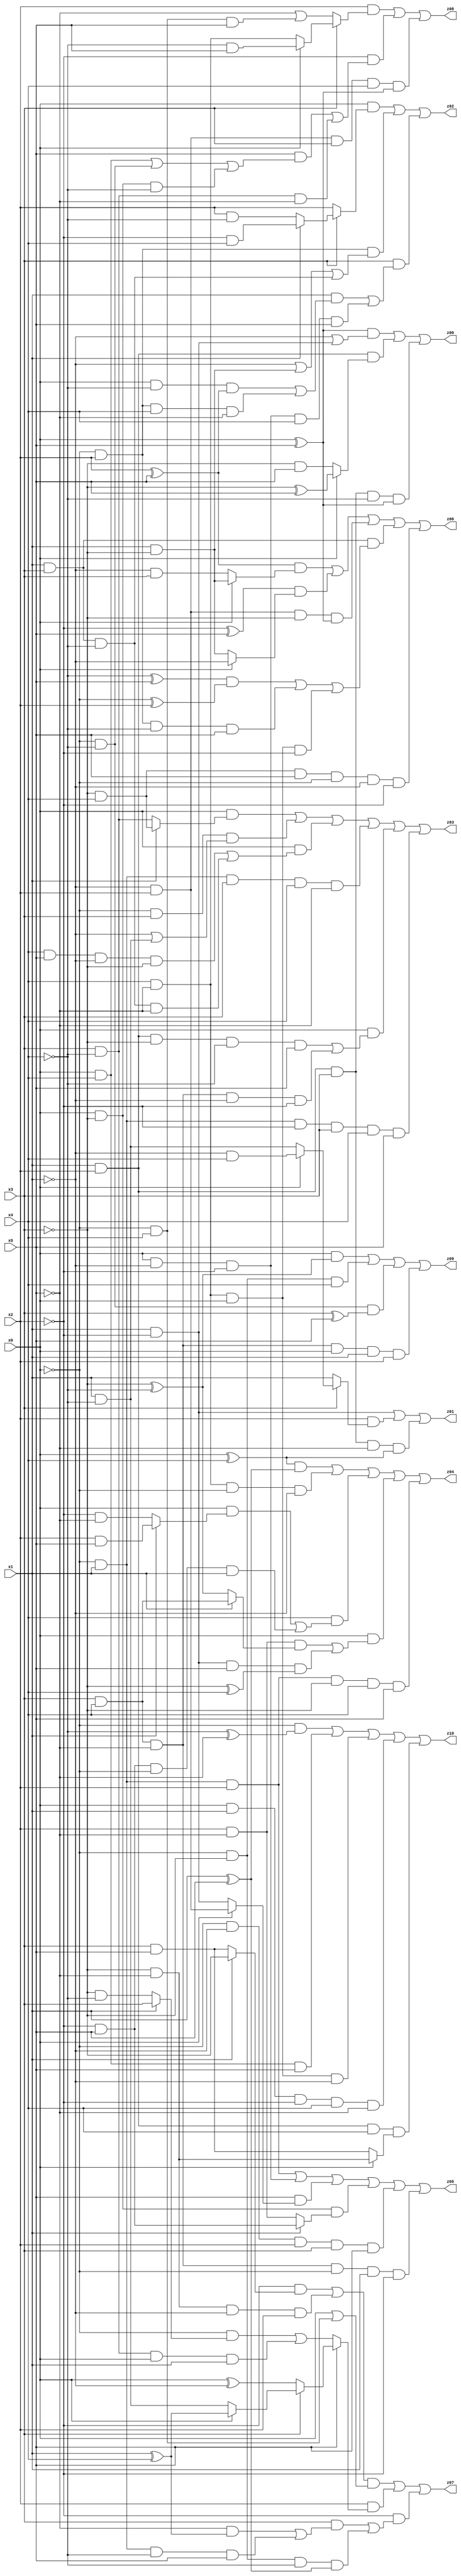
// Benchmark "X_28" written by ABC on Sat Jun 03 19:21:13 2023

module X_28 ( 
    x0, x1, x2, x3, x4, x5,
    z00, z01, z02, z03, z04, z05, z06, z07, z08, z09, z10  );
  input  x0, x1, x2, x3, x4, x5;
  output z00, z01, z02, z03, z04, z05, z06, z07, z08, z09, z10;
  assign z00 = ((x0 ^ x5) & (~x1 | (x1 & ~x2))) | (x1 & x2 & (x0 ? (~x3 ^ x5) : (~x3 & x5))) | (x1 & x2 & x3 & ~x4 & (x0 ^ x5));
  assign z01 = (x1 & ~x2) | (x2 & (x3 ? (x0 ? (~x1 & x4) : (x1 & ~x4)) : x1)) | (x1 & x2 & x3 & ~x5 & (x0 ^ x4));
  assign z02 = (x0 & (x3 ? (x1 ? (~x2 & x4) : (x2 & ~x4)) : x2)) | (~x0 & x2 & (~x1 | (x1 & ~x3) | (x1 & x3 & ~x4))) | (x3 & ((x1 & ((x0 & ~x4 & (x2 ^ x5)) | (~x0 & x2 & x4 & ~x5))) | (x0 & ~x1 & ~x2 & x4 & x5)));
  assign z03 = (x0 & (x1 ? (~x3 & x4) : (x3 & ~x4))) | (~x0 & x3 & (~x1 | (x1 & ~x4))) | (x0 & ((x4 & x5 & ~x1 & ~x3) | (x1 & x3 & ~x4 & ~x5))) | (~x0 & x1 & x3 & x4 & ~x5) | (x0 & ((x1 & x2 & ~x3 & ~x4 & x5) | (x3 & x4 & ~x5 & ~x1 & ~x2))) | (~x0 & x1 & ~x2 & x3 & x4 & x5);
  assign z04 = ((x0 ^ x4) & (x1 ^ x5)) | (x4 & ~x5 & ~x0 & ~x1) | (x4 & ((x0 & (x1 ? (x2 & x5) : (~x2 & ~x5))) | (~x2 & x5 & ~x0 & x1))) | (x0 & ((x2 & ~x5 & (x1 ? (x3 & x4) : (~x3 ^ ~x4))) | (x1 & ~x2 & x5 & (~x3 ^ x4)))) | (~x0 & x1 & x2 & ~x3 & x4 & x5);
  assign z05 = (~x0 & x1 & x2) | (x0 & ~x1 & ~x2) | (x5 & (x0 ? (~x1 & x2) : (x1 & ~x2))) | (x0 & ~x3 & (x1 ? (~x2 & x5) : (x2 & ~x5))) | (~x0 & ~x1 & x2 & x3 & x5) | (x3 & x4 & ~x5 & ~x0 & x1 & ~x2);
  assign z06 = ((x2 ^ x5) & (x0 ? (x1 & ~x3) : (~x1 & x3))) | ((~x2 ^ x5) & (x0 ? ~x1 : (x1 & ~x3))) | (~x1 & x2 & ~x3 & (x0 ^ x5)) | (x1 & x3 & (((~x4 ^ x5) & (~x0 ^ x2)) | (~x0 & x2 & ~x4 & x5) | (x4 & ~x5 & x0 & ~x2))) | (~x3 & x4 & x5 & ~x0 & ~x1 & ~x2);
  assign z07 = (((~x2 & (x1 ? ~x3 : (x3 & x5))) | (~x3 & ~x5 & ~x1 & x2)) & (x0 | (~x0 & x4))) | (x2 & (x5 ? (x3 ? (x0 ? (x1 ^ x4) : (x1 & ~x4)) : (x0 ^ ~x1)) : ((~x0 & (x1 ? x3 : (~x3 & ~x4))) | (x3 & ~x4 & x0 & x1)))) | (~x2 & ((x3 & ((~x5 & (x1 ^ x4)) | (~x0 & x1 & ~x4 & x5))) | (~x0 & ~x3 & ~x4 & (x1 ^ x5))));
  assign z08 = (x2 & (x3 ? (x0 ? (~x4 & x5) : (x4 & ~x5)) : (~x5 | (~x0 & x4 & x5)))) | (~x2 & ((x5 & ((x0 & x4) | (~x0 & ~x4) | (x0 & ~x3 & ~x4))) | (x3 & ~x4 & ~x5))) | (~x1 & x2 & x3 & x4 & (x0 ^ x5));
  assign z09 = (x0 & (~x3 ^ ~x4)) | (~x0 & ~x3 & x4) | (~x0 & ~x4 & (x3 ^ x5)) | (x3 & x4 & ~x5 & x0 & x1 & x2);
  assign z10 = (~x0 & (~x4 ^ ~x5)) | (x0 & x4 & x5) | (x4 & ~x5 & x0 & ~x1) | (x0 & x1 & ~x2 & x4 & ~x5) | (x1 & x2 & x4 & (x0 ? (~x3 & ~x5) : (x3 & x5)));
endmodule